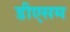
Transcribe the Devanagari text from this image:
डीएसम